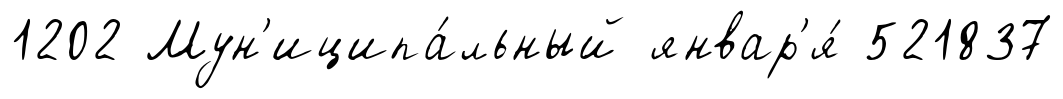
1202 Мун'иципа́льный январ'я́ 521837